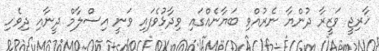
ޚާރިޖީ ވަޒީރާ ދުންޔާ ނެރުއްވި ބަޔާނެއްގައި ވިދާޅުވެފައި ވަނީ އިސްލާމް ދީނާއި ދިވެހި